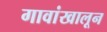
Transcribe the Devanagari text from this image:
गावांखालून